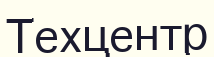
Техцентр